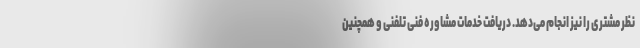
نظر مشتری را نیز انجام می‌دهد. دریافت خدمات مشاوره فنی تلفنی و همچنین